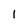
Character: I